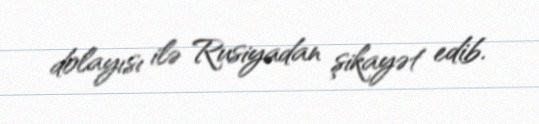
dolayısı ilə Rusiyadan şikayət edib.